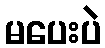
မပေးပဲ